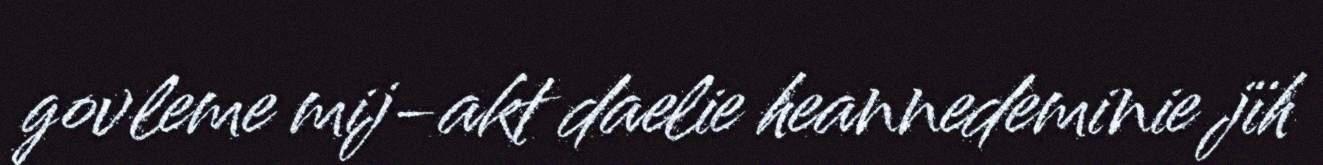
govleme mij-akt daelie heannedeminie jïh